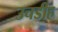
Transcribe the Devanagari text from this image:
उचडीह